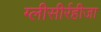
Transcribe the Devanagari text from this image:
ग्‍लीसीर्रहीजा